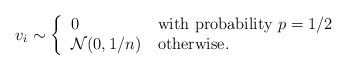
\begin{align*}v_i \sim \left\{\begin{tabular}{ll}0 & with probability $p=1/2$ \\$\mathcal{N}(0, 1/n)$ & otherwise.\end{tabular}\right.\end{align*}